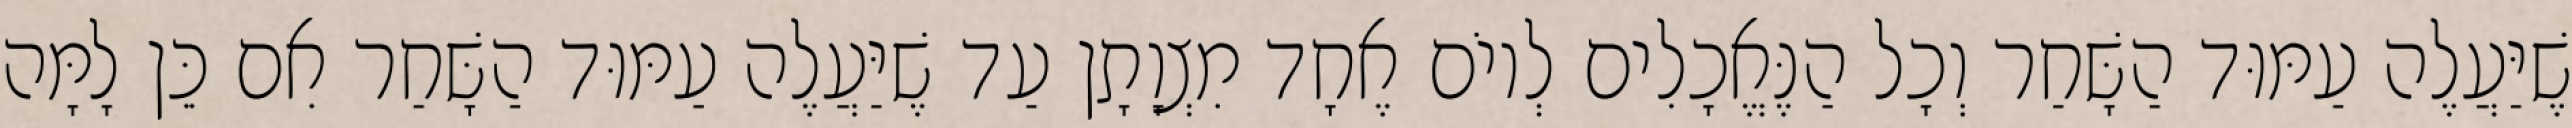
שֶׁיַּעֲלֶה עַמּוּד הַשָּׁחַר וְכָל הַנֶּאֱכָלִים לְיוֹם אֶחָד מִצְוָתָן עַד שֶׁיַּעֲלֶה עַמּוּד הַשָּׁחַר אִם כֵּן לָמָּה